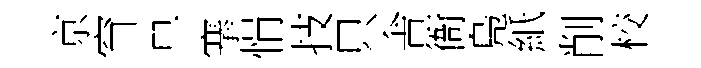
亰窅早搴悁技只舎衙鳬紙削校